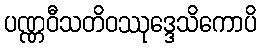
ပဏ္ဏဝီသတိဝဿုဒ္ဒေသိကောပိ